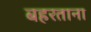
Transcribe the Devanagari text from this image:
बहरताना